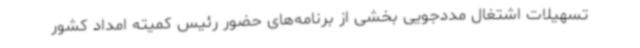
تسهیلات اشتغال مددجویی بخشی از برنامه‌های حضور رئیس کمیته امداد کشور